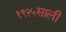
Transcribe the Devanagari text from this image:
१९२५साली